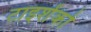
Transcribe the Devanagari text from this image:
टाइशेंको